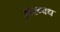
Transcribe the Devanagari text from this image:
आरग्वध